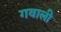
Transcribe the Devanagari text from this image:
गवाली